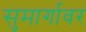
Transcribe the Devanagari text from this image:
सुमार्गावर